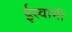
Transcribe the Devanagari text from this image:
ईस्वामी